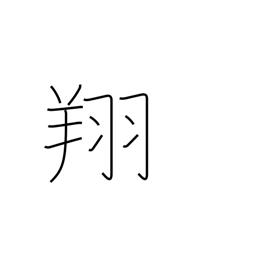
Meaning: soar